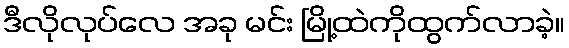
ဒီလိုလုပ်လေ အခု မင်း မြို့ထဲကိုထွက်လာခဲ့။